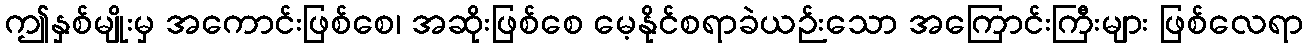
ဤနှစ်မျိုးမှ အကောင်းဖြစ်စေ၊ အဆိုးဖြစ်စေ မေ့နိုင်စရာခဲယဉ်းသော အကြောင်းကြီးများ ဖြစ်လေရာ